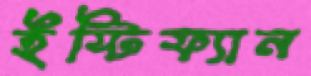
ইস্টিফ্যান